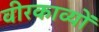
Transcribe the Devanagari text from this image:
वीरकाव्यों